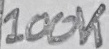
Text: 100K